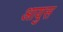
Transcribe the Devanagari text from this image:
आयुस